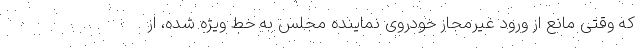
که وقتی مانع از ورود غیرمجاز خودروی نماینده مجلس به خط ویژه شده، از